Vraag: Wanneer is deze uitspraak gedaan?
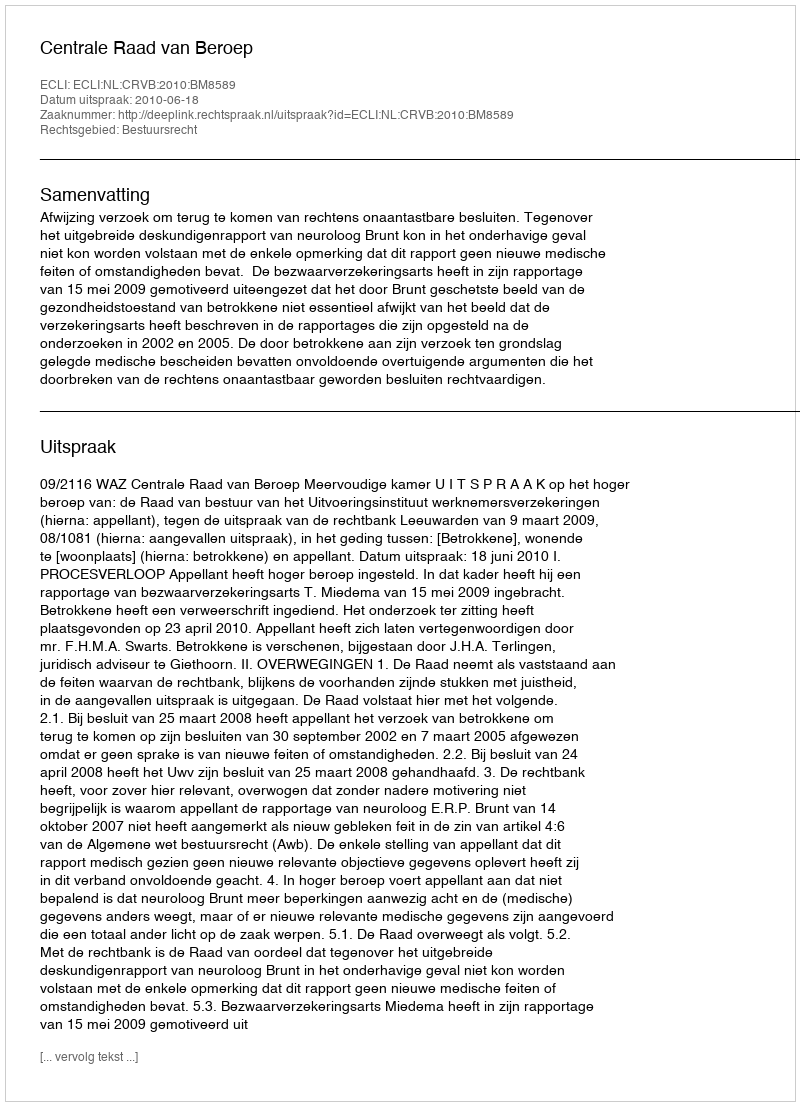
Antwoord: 2010-06-18